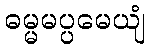
ဓမ္မမပ္ပမေယျံ